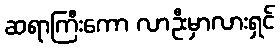
ဆရာကြီးကော လာဦးမှာလားရှင်